Lunatic asylums Punjab 1895-1910 - 1895-1910
Year: 1895
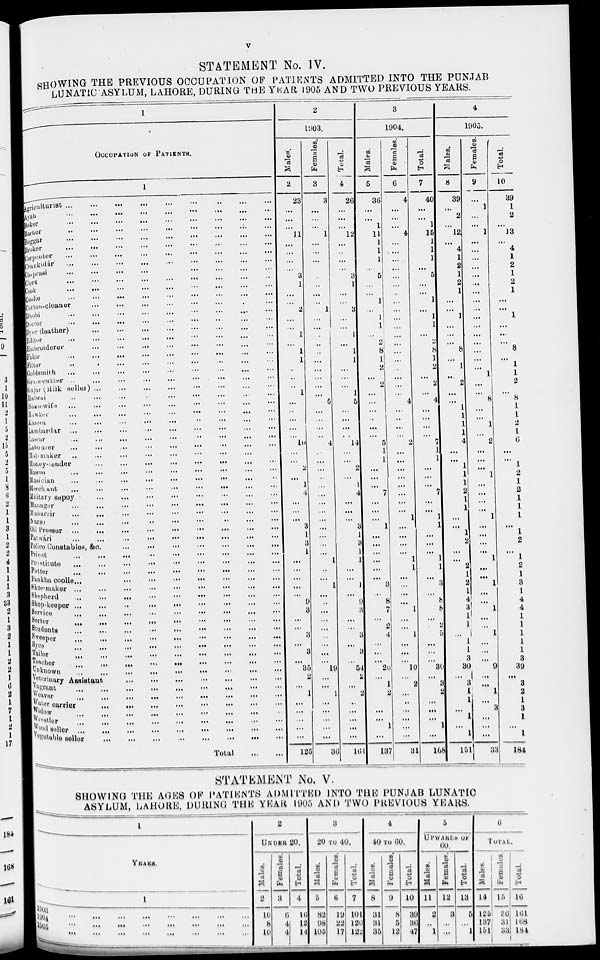
v
STATEMENT No. IV.
SHOWING THE PREVIOUS OCCUPATION OF PATIENTS ADMITTED INTO THE PUNJAB
LUNATIC ASYLUM, LAHORE, DURING THE YEAR 1905 AND TWO PREVIOUS YEARS.
1
OCCUPATION OF PATIENTS.
1
Agriculturist
...
...
...
...
...
...
...
...
...
Ayah ... ... ... ... ... ... ... ... ...
Baker
...
...
...
...
...
...
...
...
...
Barber
...
...
...
...
...
...
...
...
...
Beggar
...
...
...
...
...
...
...
...
...
Broker
...
...
...
...
...
...
...
...
...
Carpenter
...
...
...
...
...
...
...
...
...
Chaukidár ... ... ... ... ... ... ... ... ...
Chaprasi
...
...
...
...
...
...
...
...
...
Clerk
...
...
...
...
...
...
...
...
...
Cook
...
...
...
...
...
...
...
...
...
Coolie
...
...
...
...
...
...
...
...
...
Cotton-cleaner ... ... ... ... ... ... ... ... ...
Dhobi
...
...
...
...
...
...
...
...
...
Doctor
...
...
...
...
...
...
...
...
...
Dyer (leather)
...
...
...
...
...
...
...
...
...
Editor
...
...
...
...
...
...
...
...
...
Embroiderer
...
...
...
...
...
...
...
...
...
Fakir
...
...
...
...
...
...
...
...
...
Fitter
...
...
...
...
...
...
...
...
...
Goldsmith. ... ... ... ... ... ... ... ... ...
Grass
-cutter
...
...
...
...
...
...
...
...
...
Gujar (Milk
seller) ... ... ... ... ... ... ... ... ...
Halwai
...
...
...
...
...
...
...
...
...
Hoasewife
. ... ... ... ... ... ... ... ... ...
Hawker
...
...
...
...
...
...
...
...
...
Kasera
...
...
...
...
...
...
...
...
...
Lambardar
...
...
...
...
...
...
...
...
...
Lascar
.
...
...
...
...
...
...
...
...
...
Labourer
...
...
...
...
...
...
...
...
...
Mat-maker
...
...
...
...
...
...
...
...
...
Money-render
...
...
...
...
...
...
...
...
...
Mason
...
...
...
...
...
...
...
...
...
...
Musician
...
...
...
...
...
...
...
...
...
Merchant
...
...
...
...
...
...
...
...
...
Military sepoy
...
...
...
...
...
...
...
...
...
Manager
...
...
...
...
...
...
...
...
...
Muharrir
...
...
...
...
...
...
...
...
...
Nurse ... ... ... ... ... ... ... ... ...
Oil Presser
...
...
...
...
...
...
...
...
...
Patwári
...
...
...
...
...
...
...
...
...
Police Constables,
&c. ... ... ... ... ... ... ... ... ...
Priest
...
...
...
...
...
...
...
...
...
Prostitute
...
...
...
...
...
...
...
...
...
Potter
...
...
...
...
...
...
...
...
...
Pankha
coolie
...
...
...
...
...
...
...
...
...
Shoe-maker
...
...
...
...
...
...
...
...
...
Shepherd
...
...
...
...
...
...
...
...
...
Shop-keeper
...
...
...
...
...
...
...
...
...
Service
...
...
...
...
...
...
...
...
...
Sorter ... ... ... ... ... ... ... ... ...
Students ... ... ... ... ... ... ... ... ...
Sweeper
...
...
...
...
...
...
...
...
...
Syee ... ... ... ... ... ... ... ... ...
Tailor ... ... ... ... ... ... ... ... ...
Teacher ... ... ... ... ... ... ... ... ...
Unknown
...
...
...
...
...
...
...
...
...
Veterinary Assistant ... ... ... ... ... ... ... ... ...
Vagrant
...
...
...
...
...
...
...
...
...
Weaver
...
...
...
...
...
...
...
...
...
Water carrier ... ... ... ... ... ... ... ... ...
Widow ... ... ... ... ... ... ... ... ...
Wrestler ... ... ... ... ... ... ... ... ...
Wood seller ... ... ... ... ... ... ... ... ...
Vegetable seller
...
...
...
...
...
...
...
...
...
Total
...
...
2
1903.
Males.
2
23
...
...
...
11
...
...
...
...
3
1
...
...
2
...
...
1
...
1
1
...
...
...
1
...
,.
...
...
...
10
...
...
2
...
1
4
...
...
...
3
1
3
1
...
...
...
...
...
9
3
...
...
3
...
3
...
35
2
...
1
...
...
...
...
...
125
Females.
3
3
...
...
...
1
...
...
...
..
..
...
...
1
...
...
...
...
...
...
...
...
...
...
5
...
...
...
...
4
...
...
...
...
...
...
...
...
...
...
...
...
...
1
..
...
1
...
...
...
...
...
...
...
...
...
19
...
...
1
...
...
...
...
...
36
Total.
4
26
...
...
...
12
...
..
...
...
3
1
...
...
3
...
...
1
...
1
1
...
...
...
1
5
...
...
...
...
14
...
...
2
...
1
4
...
...
...
3
1
3
1
1
...
...
1
...
9
3
...
...
3
...
3
...
54
2
...
2
...
...
...
...
...
161
3
1904.
Males.
5
36
...
...
1
11
1
1
1
...
5
...
...
1
...
1
1
...
2
8
1
2
...
2
...
...
...
...
...
...
5
1
1
...
...
...
7
...
...
1
...
...
...
...
...
3
...
8
7
...
2
4
...
...
...
20
...
1
2
...
...
...
1
...
137
Females.
6
4
...
...
...
4
...
...
...
...
...
...
...
...
...
...
...
...
...
...
...
...
...
...
...
4
...
...
...
...
2
...
...
...
...
...
...
...
...
1
...
...
...
...
1
1
...
...
...
...
1
...
1
...
...
...
10
...
2
...
...
...
...
...
...
31
Total.
7
40
...
...
1
15
1
1
1
...
5
...
...
1
...
1
1
...
2
8
1
2
...
2
...
4
...
..
...
...
7
1
1
...
...
...
7
...
...
1
1
...
...
...
1
1
...
3
...
8
8
...
2
5
...
...
...
30
...
3
2
...
...
...
1
...
168
4
1905.
Males.
8
39
...
2
...
12
...
4
1
2
1
2
1
...
...
1
...
...
...
8
...
1
2
...
...
1
1
1
1
4
...
...
l
1
1
2
1
1
...
...
1
2
...
...
2
1
2
1
4
3
1
1
...
1
1
3
30
...
3
1
1
...
1
...
1
151
Females.
9
...
1
...
...
1
...
...
...
...
...
...
...
...
...
...
...
...
...
...
...
...
1
...
...
8
...
...
1
...
2
...
...
...
1
...
...
...
...
1
...
...
...
...
1
...
...
1
...
...
1
...
...
1
1
...
...
...
9
...
...
1
...
3
...
...
...
33
Total.
10
39
1
2
...
13
...
4
1
2
1
2
1
...
...
1
...
...
...
8
...
1
1
2
...
8
1
1
2
1
6
...
1
2
1
2
1
1
1
...
1
2
...
1
2
1
3
1
4
4
1
1
1
1
1
3
39
...
3
2
1
3
1
...
1
184
STATEMENT No. V.
SHOWING THE AGES OF PATIENTS ADMITTED INTO THE PUNJAB LUNATIC
ASYLUM, LAHORE, DURING THE YEAR 1905 AND TWO PREVIOUS YEARS.
1
YEARS.
1
1903
...
...
...
...
...
...
...
...
1904 ... ... ... ... ... ... ... ...
1905 ... ... ... ... ... ... ... ...
2
UNDER 20.
Males.
2
10
8
10
Females.
3
6
4
4
Total.
4
16
12
14
3
20 TO 40.
Males.
5
82
98
105
Females.
6
19
22
17
Total.
7
101
120
122
4
40 TO 60.
Males.
8
31
31
35
Females.
9
8
5
12
Total.
10
39
36
47
5
UPWARDS OF
60.
Males.
11
2
...
1
Females.
12
3
...
...
Total.
13
5
...
1
6
TOTAL.
Males.
14
125
137
151
Females.
15
36
31
33
Total.
16
161
168
184